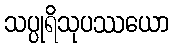
သပ္ပုရိသုပဿယော